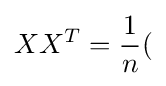
XX^{T}={\frac {1}{n}}(